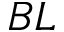
B L